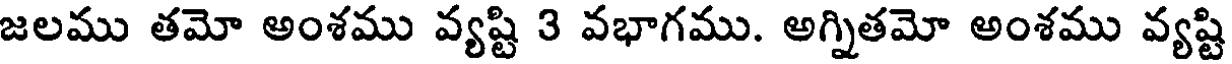
జలము తమో అంశము వ్యష్టి 3 వభాగము. అగ్నితమో అంశము వ్యష్టి